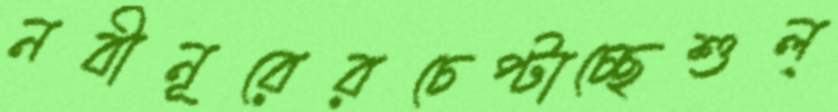
নবীনূরেরচেপ্‌টাচ্ছেশুল্